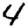
Digit: 4